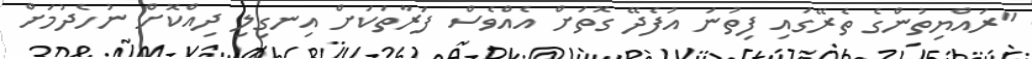
"ރައްޔިތުންގެ ތެރޭގައި ފިތުނަ އުފެދޭ ގޮތަށް އެއްވެސް ފަރާތަކަށް އިނގިލި ދިއްކޮށް ނުހެދުމަށް